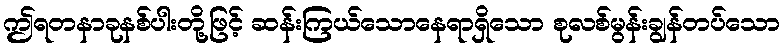
ဤရတနာခုနစ်ပါးတို့ဖြင့် ဆန်းကြယ်သောနေရာရှိသော စုလစ်မွန်းချွန်တပ်သော